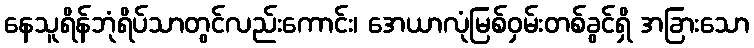
နေသူရိန်ဘုံရိပ်သာတွင်လည်းကောင်း၊ အေယာလုံမြစ်ဝှမ်းတစ်ခွင်ရှိ အခြားသော